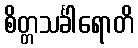
စိတ္တသင်္ခါရောတိ